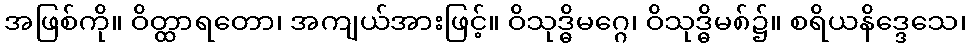
အဖြစ်ကို။ ဝိတ္ထာရတော၊ အကျယ်အားဖြင့်။ ဝိသုဒ္ဓိမဂ္ဂေ၊ ဝိသုဒ္ဓိမ၈်၌။ စရိယနိဒ္ဒေသေ၊